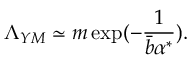
\Lambda _ { Y M } \simeq m \exp ( - \frac { 1 } { \bar { b } \alpha ^ { * } } ) .